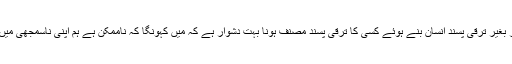
تاکہ ہم ایک ترقی پسند انسان بن سکیں یہ عمل زیادہ اہم زیادہ ضروری اور زیادہ مشکل ہے اور بغیر ترقی پسند انسان بنے ہوئے کسی کا ترقی پسند مصنف ہونا بہت دشوار ہے کہ میں کہونگا کہ ناممکن ہے ہم اپنی ناسمجھی میں دستخطوں اور مجمعوں اوربڑے آدمیوں کی حمایت کو ضرورت سے زیادہ اہمیت دیتے تھے۔